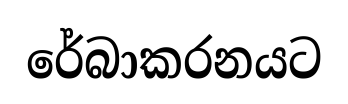
රේබාකරනයට